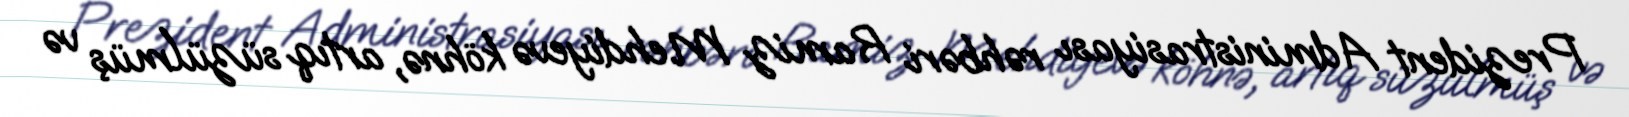
Prezident Administrasiyası rəhbəri Ramiz Mehdiyevə köhnə, artıq süzülmüş və